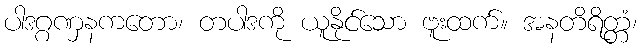
ပါဒဂ္ဂဏှနကတော၊ တပါဒကို ယူနိုင်သော ဗူးထက်။ အနတိရိတ္တံ၊